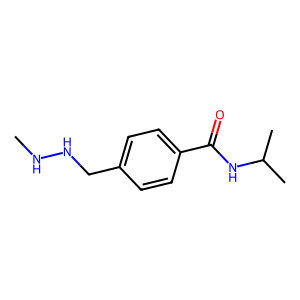
SMILES: CNNCc1ccc(C(=O)NC(C)C)cc1
Inhibits HIV replication: No